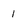
Character: 1